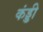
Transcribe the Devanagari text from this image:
कंड्डी